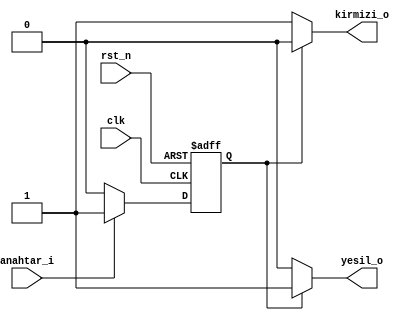
`timescale 1ns / 1ps
//////////////////////////////////////////////////////////////////////////////////
// Company: 
// Engineer: 
// 
// Design Name: 
// Module Name: fsm_ornek1
// Project Name: 
// Target Devices: 
// Tool Versions: 
// Description: 
// 
// Dependencies: 
// 
// Revision:
// Revision 0.01 - File Created
// Additional Comments:
// 
//////////////////////////////////////////////////////////////////////////////////


module fsm_ornek1
(
input clk,
input rst_n,
input anahtar_i,
output kirmizi_o,
output yesil_o
);

localparam kat0 = 1'b0;
localparam kat1 = 1'b1;

reg kat;
reg kirmizi, yesil;

always @(posedge clk, negedge rst_n) begin
    if (rst_n == 1'b0) begin
        kat <= kat0;
    end
    else begin
        case (kat)
            kat0 : begin
                if (anahtar_i == 1'b0) begin
                    kat <= kat0;
                end
                else begin
                    kat <= kat1;
                end
            end 
            kat1 : begin
                if (anahtar_i == 1'b0) begin
                    kat <= kat0;
                end
                else begin
                    kat <= kat1;
                end                
            end
            default: begin
                kat <= kat0;
            end
        endcase
    end
end

always@(*) begin
    if (kat == kat0) begin
        kirmizi = 1'b1;
        yesil   = 1'b0;
    end
    else begin
        kirmizi = 1'b0;
        yesil   = 1'b1;        
    end
end

assign kirmizi_o = kirmizi; 
assign yesil_o = yesil; 

endmodule